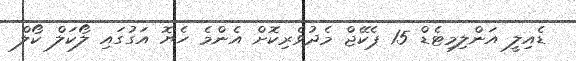
ޑެއިލީ އަންލިމިޓެޑް 15 ޕެކޭޖް މެދުވެރިކޮށް އެންމެ ހެޔޮ އަގުގައި ލޯކަލް ކޯލް